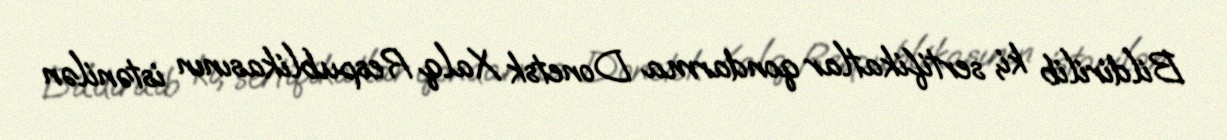
Bildirilib ki, sertifikatlar qondarma Donetsk Xalq Respublikasının istənilən